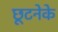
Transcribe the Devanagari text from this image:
छूटनेके